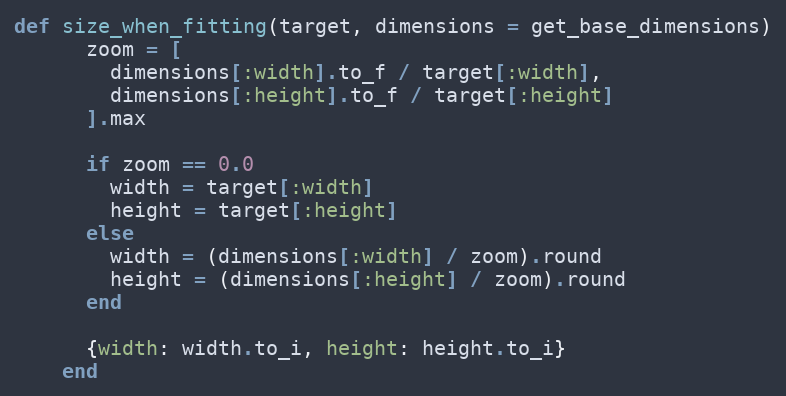
Language: Ruby
def size_when_fitting(target, dimensions = get_base_dimensions)
      zoom = [
        dimensions[:width].to_f / target[:width],
        dimensions[:height].to_f / target[:height]
      ].max

      if zoom == 0.0
        width = target[:width]
        height = target[:height]
      else
        width = (dimensions[:width] / zoom).round
        height = (dimensions[:height] / zoom).round
      end

      {width: width.to_i, height: height.to_i}
    end